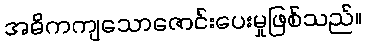
အဓိကကျသောဇောင်းပေးမှုဖြစ်သည်။